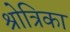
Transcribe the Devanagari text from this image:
श्रोत्रिका